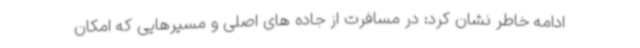
ادامه خاطر نشان کرد: در مسافرت از جاده های اصلی و مسیرهایی که امکان